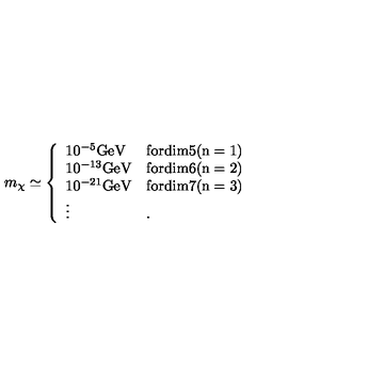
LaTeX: m _ { \chi } \simeq \left\{ \begin{array} { l l } { 1 0 ^ { - 5 } \mathrm { { G e V } } } & { \mathrm { f o r d i m 5 ( n = 1 ) } } \\ { 1 0 ^ { - 1 3 } \mathrm { { G e V } } } & { \mathrm { f o r d i m 6 ( n = 2 ) } } \\ { 1 0 ^ { - 2 1 } \mathrm { { G e V } } } & { \mathrm { f o r d i m 7 ( n = 3 ) } } \\ { \vdots } & { . } \\ \end{array} \right.